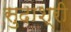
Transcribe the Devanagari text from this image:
सुदाश्री